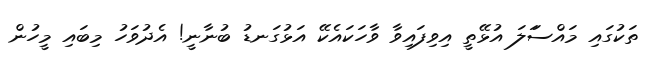
ތަކުގައި މައްސަަލަ އުޅޭތީ އިވިފައިވާ ވާހަކައެކޭ އަޅުގަނޑު ބުނާނީ! އެދުވަހު މިބައި މީހުން